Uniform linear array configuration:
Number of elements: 12
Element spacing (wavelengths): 0.25
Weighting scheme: hamming
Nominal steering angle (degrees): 0
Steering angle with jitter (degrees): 0.4844
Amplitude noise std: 0.05
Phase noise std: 0.05

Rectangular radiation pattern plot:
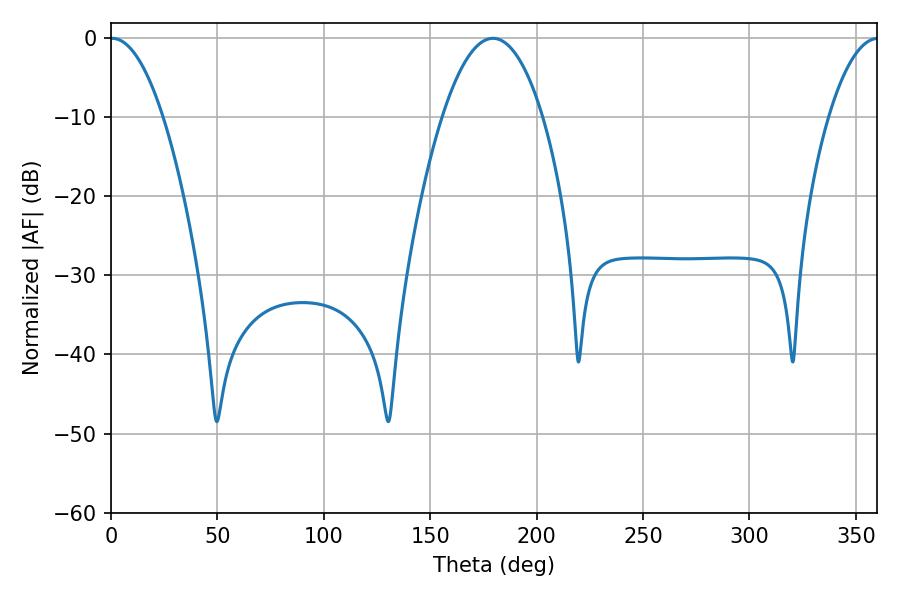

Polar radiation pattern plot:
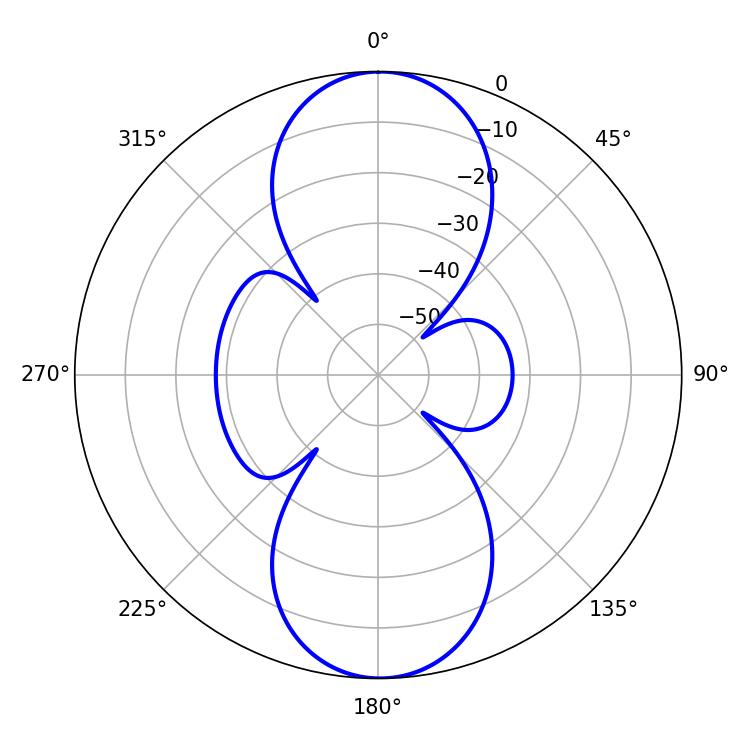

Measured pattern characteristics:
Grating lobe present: FALSE
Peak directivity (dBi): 22.971
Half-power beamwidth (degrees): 13.68
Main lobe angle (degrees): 0.54